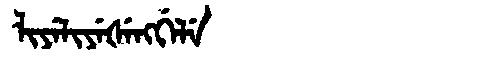
Manchu: ᠯᡳᠶᡝᠯᡳᠶᡝᡧᡝᠩᡤᡝᠯᡝ
Romanization: LIYELIYEŠENGGELE